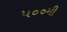
૫૦૦મી